Leprosy in India: report of the Leprosy Commission in India, 1890-91
Year: 1890
Disease focus: Leprosy
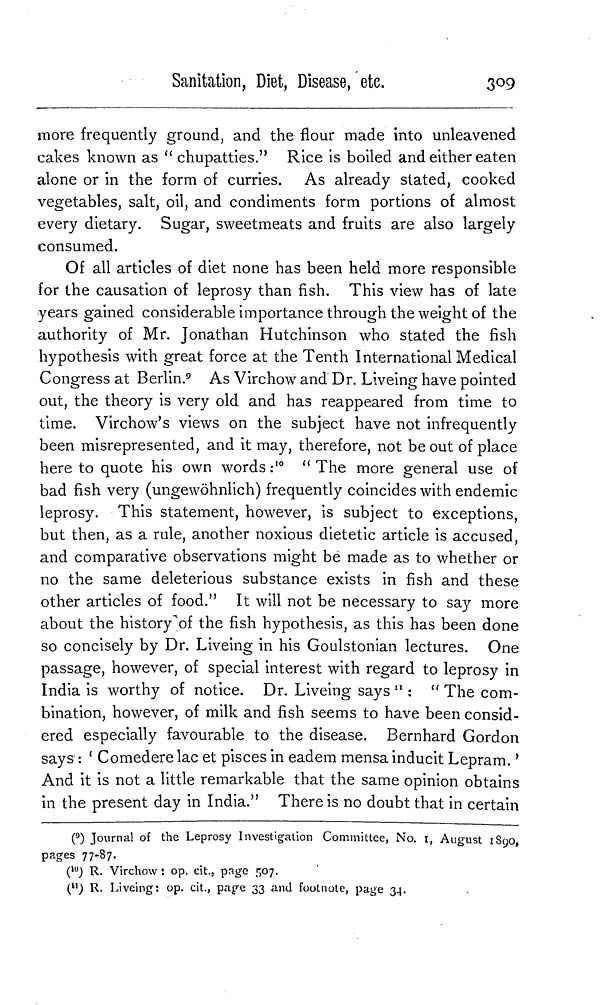
Sanitation, Diet, Disease, etc.
309
more frequently ground, and the flour made into unleavened
cakes known as " chupatties." Rice is boiled and either eaten
alone or in the form of curries. As already stated, cooked
vegetables, salt, oil, and condiments form portions of almost
every dietary. Sugar, sweetmeats and fruits are also largely
consumed.
Of all articles of diet none has been held more responsible
for the causation of leprosy than fish. This view has of late
years gained considerable importance through the weight of the
authority of Mr. Jonathan Hutchinson who stated the fish
hypothesis with great force at the Tenth International Medical
Congress at Berlin. 9 As Virchow and Dr. Liveing have pointed
out, the theory is very old and has reappeared from time to
time. Virchow's views on the subject have not infrequently
been misrepresented, and it may, therefore, not be out of place
here to quote his own words : 10 " The more general use of
bad fish very (ungewöhnlich) frequently coincides with endemic
leprosy. This statement, however, is subject to exceptions,
but then, as a rule, another noxious dietetic article is accused,
and comparative observations might be made as to whether or
no the same deleterious substance exists in fish and these
other articles of food." It will not be necessary to say more
about the history of the fish hypothesis, as this has been done
so concisely by Dr. Liveing in his Goulstonian lectures. One
passage, however, of special interest with regard to leprosy in
India is worthy of notice. Dr. Liveing says 11 : " The com-
bination, however, of milk and fish seems to have been consid-
ered especially favourable to the disease. Bernhard Gordon
says : ' Comedere lac et pisces in eadem mensa inducit Lepram.'
And it is not a little remarkable that the same opinion obtains
in the present day in India." There is no doubt that in certain
( 9 ) Journal of the Leprosy Investigation Committee, No. 1, August 1890,
pages 77-87.
( 10 ) R. Virchow : op. cit., page 507.
( 11 ) R. Liveing: op. cit., page 33 and footnote, page 34.